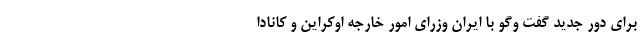
برای دور جدید گفت ‌وگو با ایران وزرای امور خارجه اوکراین و کانادا